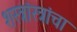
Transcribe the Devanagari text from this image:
शस्त्रांस्त्रांचा